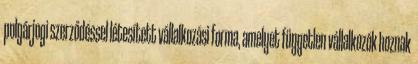
polgárjogi szerződéssel létesített vállalkozási forma, amelyet független vállalkozók hoznak